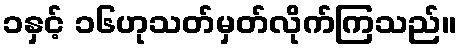
၁နှင့် ၁၆ဟုသတ်မှတ်လိုက်ကြသည်။